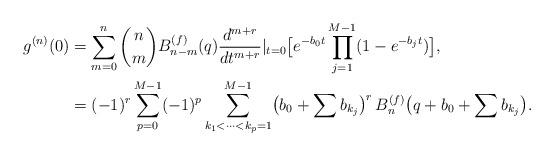
LaTeX: \begin{align*}g^{(n)}(0) & = \sum\limits_{m=0}^n \binom{n}{m} B^{(f)}_{n-m}(q)\frac{d^{m+r}}{dt^{m+r}}|_{t=0}\bigl[e^{-b_0 t}\prod\limits_{j=1}^{M-1}(1-e^{-b_j t})\bigr], \\& = (-1)^r \sum\limits_{p=0}^{M-1} (-1)^p\sum\limits_{k_1<\cdots<k_p=1}^{M-1} \bigl(b_0+\sum b_{k_j}\bigr)^r \,B^{(f)}_n\bigl(q+b_0+\sum b_{k_j}\bigr). \end{align*}